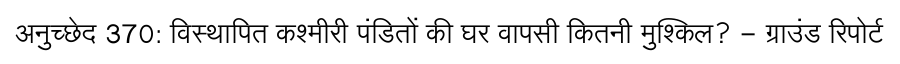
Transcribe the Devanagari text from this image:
अनुच्छेद 370: विस्थापित कश्मीरी पंडितों की घर वापसी कितनी मुश्किल? - ग्राउंड रिपोर्ट